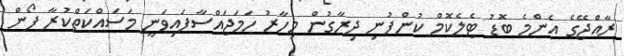
ރާއްޖޭގެ އެންމެ ބޮޑު ޓެލެކޮމް ކުންފުނި ދިރާގުން މިހާރު ހަމަޖައްސާފައިވަނީ މަސައްކަތްކުރާ ފޯން